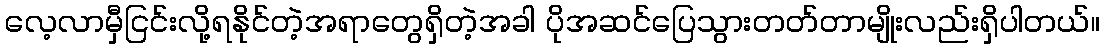
လေ့လာမှီငြင်းလို့ရနိုင်တဲ့အရာတွေရှိတဲ့အခါ ပိုအဆင်ပြေသွားတတ်တာမျိုးလည်းရှိပါတယ်။